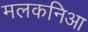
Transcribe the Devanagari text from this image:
मलकनिआ